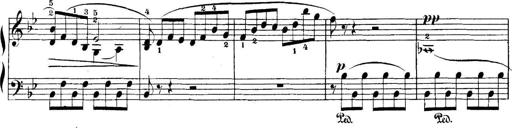
Title: 5 Sonatinas
Composer: Theodor Kirchner